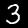
Digit: 3